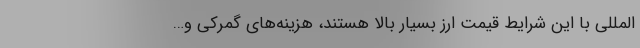
المللی با این شرایط قیمت ارز بسیار بالا هستند، هزینه‌های گمرکی و…